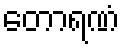
တောရဏံ